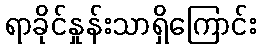
ရာခိုင်နှုန်းသာရှိကြောင်း